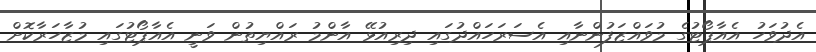
އެދުވަހު އެއާޕޯޓުގެ މުވައްޒަފުންނާއި އެސަރަހައްދުގައި ދިރިއުޅޭ އާންމު ރައްޔިތުން ވަނީ އެއާޕޯޓުގައި މުޒާހަރާކޮށް